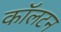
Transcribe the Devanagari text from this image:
काॅलटन